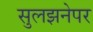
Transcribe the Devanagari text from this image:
सुलझनेपर